Vital statistics of India. Vol. VI, European troops 1870-79
Year: 1870
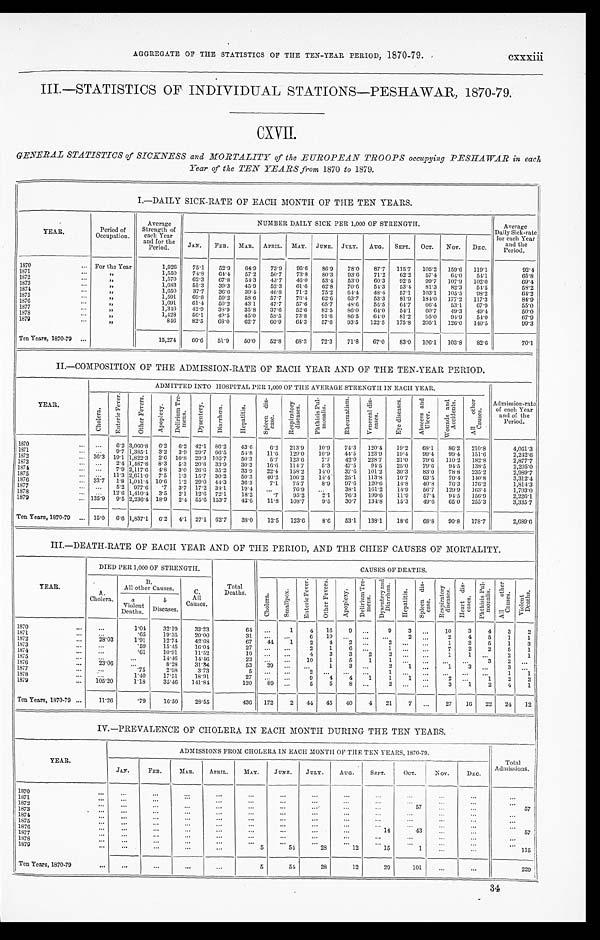
AGGREGATE OF THE STATISTICS OF THE TEN-YEAR PERIOD, 1870-79.
cxxxiii
III.—STATISTICS OF INDIVIDUAL STATIONS-PESHAWAR, 1870-79.
CXVII.
GENERAL STATISTICS of SICKNESS and MORTALITY of the EUROPEAN TROOPS occupying PESHAWAR in each
Year of the TEN YEARS from 1870 to 1879.
I.-DAILY SICK-RATE OF EACH MONTH OF THE TEN YEARS.
YEAR.
Period of
Occupation.
Average
Strength of
each Year
and for the
Period.
NUMBER DAILY SICK PER 1,000 OF STRENGTH.
Average
Daily Sick-rate
for each Year
and the
Period.
JAN. FEB. MAR. APRIL. MAY. JUNE. JULY. AUG. SEPT. OCT. NOV. DEC.
1870
For the Year
1,926 75.1 52.9 64.9 73.9
9 5 . 6 86.9 78.0 87.7 115.7 105.2 159.6 119.1
92. 4
1871
"
1,550 74.8 64.4 57.2 50.7 73.8 80.3 93.6 71.2 62.2 57.4 64.0 54.1
65.8
1872
"
1,570 62.3 67.8 54.3 43.7 46.0 53.4 53.0 60.3 92.5 99.7 107.9 102.0
69.4
1873
"
1,683 55.3 39.3 45.9 52.3 61.6 62.8 70.6 54.3 53.4 81.3 82.3 54.5
58.2
1874
"
1,650 37.7 36.6 39.4 46.8 71.2 75.2 64.4 48.4 57.1 103.1 105.5 98.2
64.2
1875
"
1,591 69.8 59.2 58.6 57.7 76.4 62.6 63.7 53.3 81.9 184.0 177.2 117.3
84.9
1876
"
1,691 61.4 50.2 43.1 47.7 57.6 65.7 48.6 55.5 64.7 66.4 53.1 67.9
55. 0
1877
"
1,340
42.9 38.9 35.8 37.6 52.6 82.5 86.0
6 4 . 0 54.1 60.7
4 9 . 3 49. 4.
50. 0
1878
"
1,428 56.1 49.5 45.0 58.5 73.8
9 1 . 6 86.5 64.0
8 1 . 2
9 5 . 0 94.9 54.0
67.9
1879
"
846 82.5 68.0 62.7 60.9 64.3 57.6 93.5 122.5 175.8 205.1 126.0 140.5
99.3
Ten Years, 1870-79
15,274 60.6 51.9 50.0 52.8 68.3 72.3 71.8 67.0 83.0 106.1 103.8 82.6
70.1
II.-COMPOSITION OF THE ADMISSION-RATE OF EACH YEAR AND OF THE TEN-YEAR PERIOD.
YEAR.
ADMITTED INTO HOSPITAL PER 1,000 OF THE AVERAGE STRENGTH IN EACH YEAR.
Admission-rate of each Year
and of the
Period.
C h o l e r a .
E n t e r i c F e v e r .
O t h e r F e v e r s .
A p o p l e x y .
D e l i o r i u m T r e -
m e n s .
D y s e n t e r y . D i a r r h œ a .
H e p a t i t i s . S p l e e n d i s -
e a s e .
Re s p i r a t o r y
di s eas es .
P h t h i s i s P u l -
m o n a l i s .
R h e u m a t i s m
V e n e r e a l d i s -
e a s e s .
E y e d u s e a s e s ,
A b s c e s s a n d
U l c e r .
Wounds a nd
Acci dent s.
A l l o t h e r
C a u s e s .
1870
6.2 3,060.8 6.2 6.2 42.1 86.2 43.6
6. 2 213.9 10. 9 74.3 120.4 19.2 68.1 86.2 210.8
4,061.3
1871
9.7 1,385.1 3.2 3.9 20.7 66.5 54.8 11.6 129.0 10.9 44.5 123.9 19.4 99.4 99.4 151.6
2, 242. 6
1872
36.3 19.1 1,822.3 2.6 10.8 29.3 105.7 50.3
5.7 123.6
7.7 42.0 228.7 21.0 79.6 110.2 182.8
2,877.7
1873
2.4 1,487.8 8.3 5.3 20.8 33.9 30.3 16. 6 114.7
5.3 47.5 94.5 25.0 79.6 94.5 138.5
2, 205. 0
1 8 7 4
7.9 2,117.6 4.8 3.0 26.6 35.2 33.9 22. 4 158.2 14.0 37.6 101.2 30.3 83.0 78.8 235.2
2,989.7
1875
11.3 2,611.0 7.5 1.3 15.7 30.2 50.3 40.2 106.2 14.4 25.1 113.8 10.7 63.5 70.4 140.8
3, 312. 4
1876
33.7 1.8 1,041. 4 10.6 1.2 29.0 44.3 36.3
7.1 75.7
8.9 97.6 120.6 14.8 40.8 76.3 176.2
1, 814. 3
1877
5.2 977.6 .7 3.7 17.2 38.1 19.4
76.9
38.1 161.2 14.9 56.7 129.9 163.4
1, 703. 0
1878
12.6 1,410.4 3.5 2.1 12.6 72.1 18.2
.7 95.2
2.1 76.3 199.6 11.9 57.4 94.5 156.9
2,226.1
1879
135.9 9.5 2,236.4 18.9 2.4 55.6 153.7
4 2 . 6 11. 8 108.7 9.5 30.7 134.8 15.3 49.6 65.0 255.3
3,335.7
Ten Years, 1870-79
15.0 6.6 1,837.1 6.2 4.1 27.1 62.7 38.0 12.5 123.6 8. 6 53.1 138.1 18.6 68.8 90.8 178.7
2, 689. 6
III.-DEATH-RATE OF EACH YEAR AND OF THE PERIOD, AND THE CHIEF CAUSES OF MORTALITY.
YEAR.
DIED PER 1,000 OF STRENGTH.
Total
Deaths.
CAUSES OF DEATHS.
A.
Cholera.
B .
All other Causes.
C.
All
Causes.
C h o l e r a . S m a l l p o x .
E n t e r i c F e v e r . O t h e r F e v e r s .
A p o p l e x y .
D e l i r i u m T r e -
me n s .
D y s e n t e r y a n d
D i a r r h œ a .
H e p a t i t i s .
S p l e e n d i s -
e a s e . R e s p i r a t o r y
d i s e a s e s . H e a r t d i s -
e a s e s . P h t h i s i s P u l -
mo n a l i s . A l l o t h e r
C a u s e s .
V i o l e n t
D e a t h s .
a
Violent
Deaths.
b
Diseases.
1870
1.04
32.19 33.23
64
1 4
1 6 9
9 3
10 3 4 3 2
1871
.65
19.35 20.00
31
6
1 0
2
2 4 5 1 1
1872
28.03
1.91
12.74 42.68
67 44 1 2 4 2
2
1 2 5 1 3
1873
.59
15.45 16.04
27
2 1 6
1
7 2 2 5 1
1874
.61
10.91
11.52
1 9
4 3 3 2
2
1
1
2 1
1875
14.46 14.46
23
10 1 5 1
1
3 2
1876
23.06
8.28 31.34
53 39
1
3
2 1
1
3
1877
.75
2.98
3.73
5
2
1
1 1
1878
1.40
17.51 18.91
27
9 4 4 1
1 1
2
1 2 2
1879
105.20
1.18
35.46 141.81
120 80
5 5 8
2
3 1 2 4 1
Ten Years, 1870-79
11.26
.79
16.50 28. 55
436 172 2 44 45 40 4 21 7
27 16 22 24 12
IV.—PREVALENCE OF CHOLERA IN EACH MONTH DURING THE TEN YEARS.
YEAR.
ADMISSIONS FROM CHOLERA IN EACH MONTH OF THE TEN YEARS, 1870-79.
Total
Admissions.
JAN.
F E B .
MAR.
APRIL. MAY. JUNE. JULY. AUG. SEPT.
OCT.
NOV.
DEC.
1870
1871 1872
5 7
5 7
1873
1874
1875
1876
1 4
4 3
5 7
1877 1878 1879
5
54
28
12
1 5
1
1 1 5
Ten Years, 1870-79
5
54
28
12
29
101
2 2 9
34